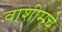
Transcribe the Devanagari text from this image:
वाशीमचे